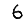
Digit: 6